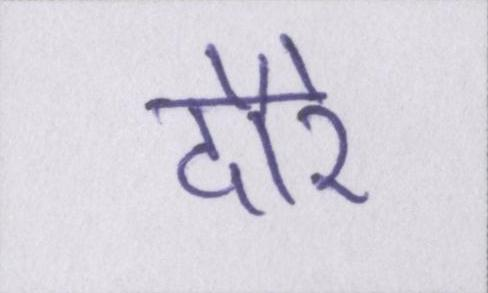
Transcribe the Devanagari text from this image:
दौरे